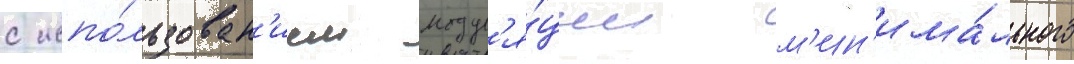
с испо́льзован'ием модул'я́ции м'ин'има́льного